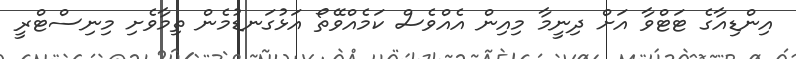
އިންޑިއާގެ ޓަޓްވާ އަށް ދިނީމާ މިއިން އެއްވެސް ކަމެއްވޭތޯ އަޅުގަނޑުމެން ތިމާވެށި މިނިސްޓްރީ